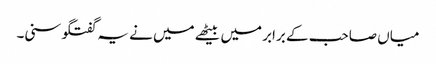
میاں صاحب کے برابر میں بیٹھے میں نے یہ گفتگو سنی۔